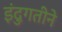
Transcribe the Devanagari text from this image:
इंदुगतीने